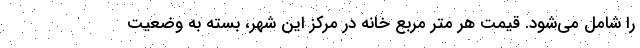
را شامل می‌شود. قیمت هر متر مربع خانه در مرکز این شهر، بسته به وضعیت